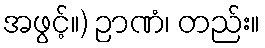
အဖွင့်။) ဉာဏံ၊ တည်း။